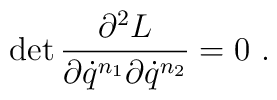
{\rm det}\,\frac{\partial^2 L}{\partial\dot{q}^{n_1}\partial\dot{q}^{n_2}}=0\ .